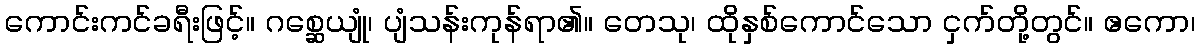
ကောင်းကင်ခရီးဖြင့်။ ဂစ္ဆေယျုံ၊ ပျံသန်းကုန်ရာ၏။ တေသု၊ ထိုနှစ်ကောင်သော ငှက်တို့တွင်။ ဧကော၊